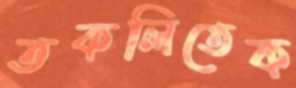
তকলিতেক